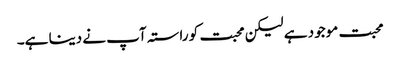
محبت موجود ہے لیکن محبت کو راستہ آپ نے دینا ہے۔